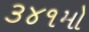
૩૪૧મો